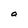
Character: a